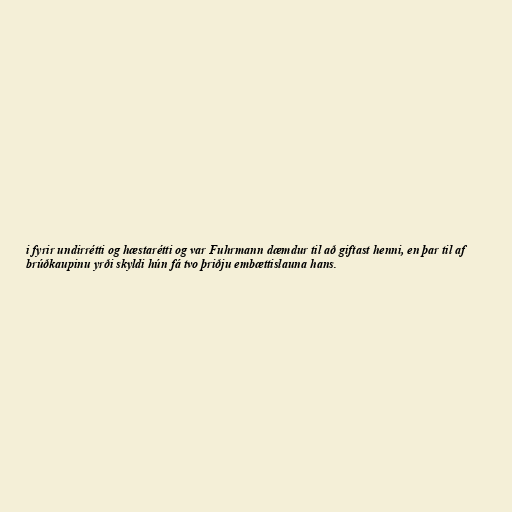
i fyrir undirrétti og hæstarétti og var Fuhrmann dæmdur til að giftast henni, en þar til af
brúðkaupinu yrði skyldi hún fá tvo þriðju embættislauna hans.